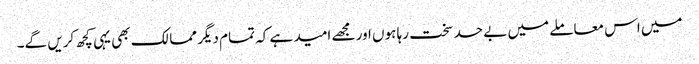
میں اس معاملے میں بے حد سخت رہا ہوں اور مجھے امید ہے کہ تمام دیگر ممالک بھی یہی کچھ کریں گے۔